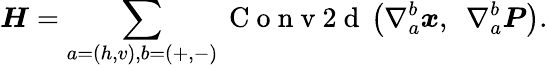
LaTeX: \boldsymbol{H}=\sum_{a=\left(h,v\right),b=\left(+,-\right)}\mathrm{~C~o~n~v~2~d~}\left(\nabla_{a}^{b}\boldsymbol{x},\enspace\nabla_{a}^{b}\boldsymbol{P}\right).